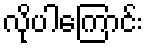
လိုပါကြောင်း